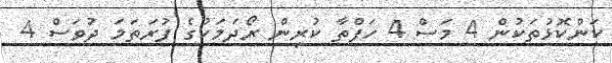
ކަންކޮޅުތަކުން 4 މަސް 4 ހަފްތާ ކުރިން ރޯދަމަހުގެ ފުރަތަމަ ދުވަސް 4